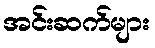
အင်းဆက်များ